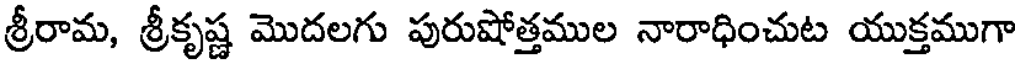
శ్రీరామ, శ్రీకృష్ణ మొదలగు పురుషోత్తముల నారాధించుట యుక్తముగా